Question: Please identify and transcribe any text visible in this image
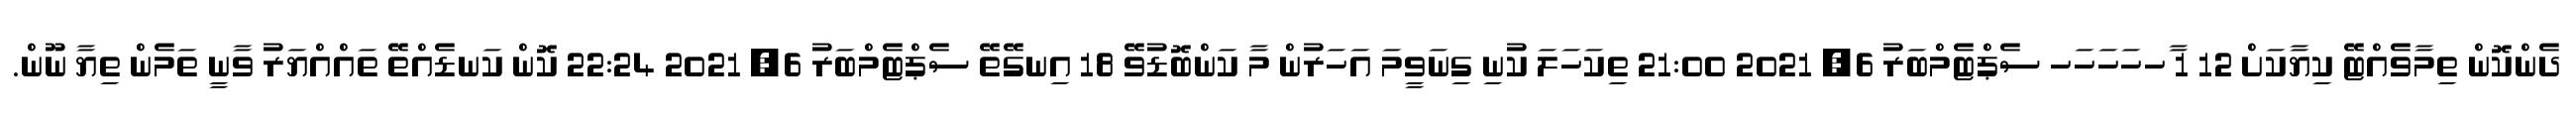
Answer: ދެންކޮން ތިމާވެއްޓޭ ކިޔާކަށް 12 1 ާހހަހަހަހ ސެޕްޓެމްބަރު 6, 2021 21:00 ތިކަހަލަ ކުނި ގިނަވީމަ އަހަރުން މާ ކަންބޮޑުވޭ 18 އިނގޭތޭ ސެޕްޓެމްބަރު 6, 2021 22:24 ކޮން ކަނޑެއްތޭ ތައްއްޔަރު ވާނީ ތަމެން ތިޔާ ނޫން.